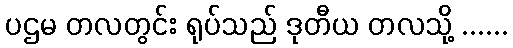
ပဌမ တလတွင်း ရုပ်သည် ဒုတီယ တလသို့ ......